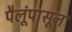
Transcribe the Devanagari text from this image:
पैलूंपासून